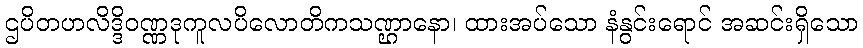
ဌပိတဟလိဒ္ဒိဝဏ္ဏဒုကူလပိလောတိကသဏ္ဌာနော၊ ထားအပ်သော နံနွင်းရောင် အဆင်းရှိသော